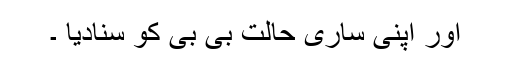
اور اپنی ساری حالت بی بی کو سنادیا ۔